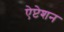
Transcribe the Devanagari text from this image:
ऐप्टेशन